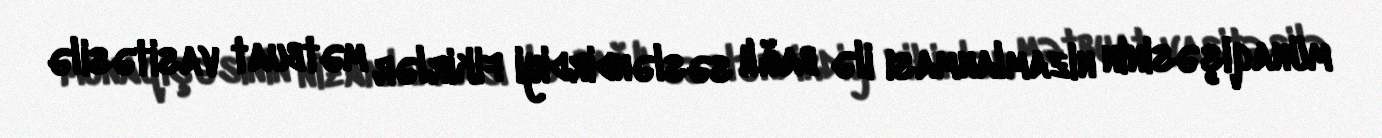
münaqişəsinin nizamlanması ilə bağlı səsləndirdiyi fikirlər mətbuat vasitəsilə